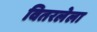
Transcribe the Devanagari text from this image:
वितरलेला